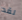
لقد